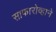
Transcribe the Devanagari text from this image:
साफारोव्हाने